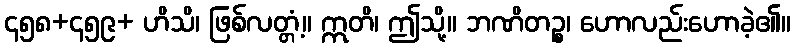
၄၅၈+၄၅၉+ ဟိသိ၊ ဖြစ်လတ္တံ့။ ဣတိ၊ ဤသို့။ ဘဏိတဉ္စ၊ ဟောလည်းဟောခဲ့၏။